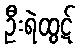
ဦးရဲထွဋ်